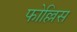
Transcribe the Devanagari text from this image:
फोल्लिस